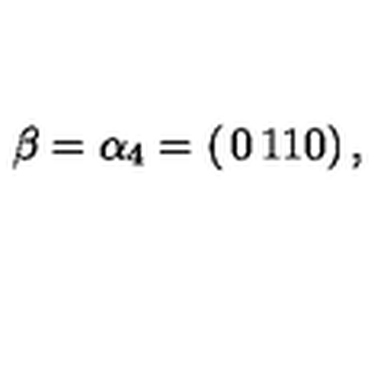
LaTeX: \beta = \alpha _ { 4 } = \left( \begin{matrix} { 0 } & { 1 } \\ { 1 } & { 0 } \\ \end{matrix} \right) ,